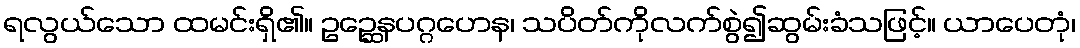
ရလွယ်သော ထမင်းရှိ၏။ ဥဉ္ဆေနပဂ္ဂဟေန၊ သပိတ်ကိုလက်စွဲ၍ဆွမ်းခံသဖြင့်။ ယာပေတုံ၊